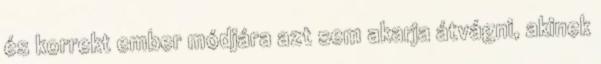
és korrekt ember módjára azt sem akarja átvágni, akinek